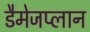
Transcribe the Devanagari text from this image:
डैमेजप्लान